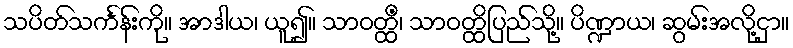
သပိတ်သင်္ကန်းကို။ အာဒါယ၊ ယူ၍။ သာဝတ္ထိံ၊ သာဝတ္ထိပြည်သို့။ ပိဏ္ဍာယ၊ ဆွမ်းအလို့ငှာ။